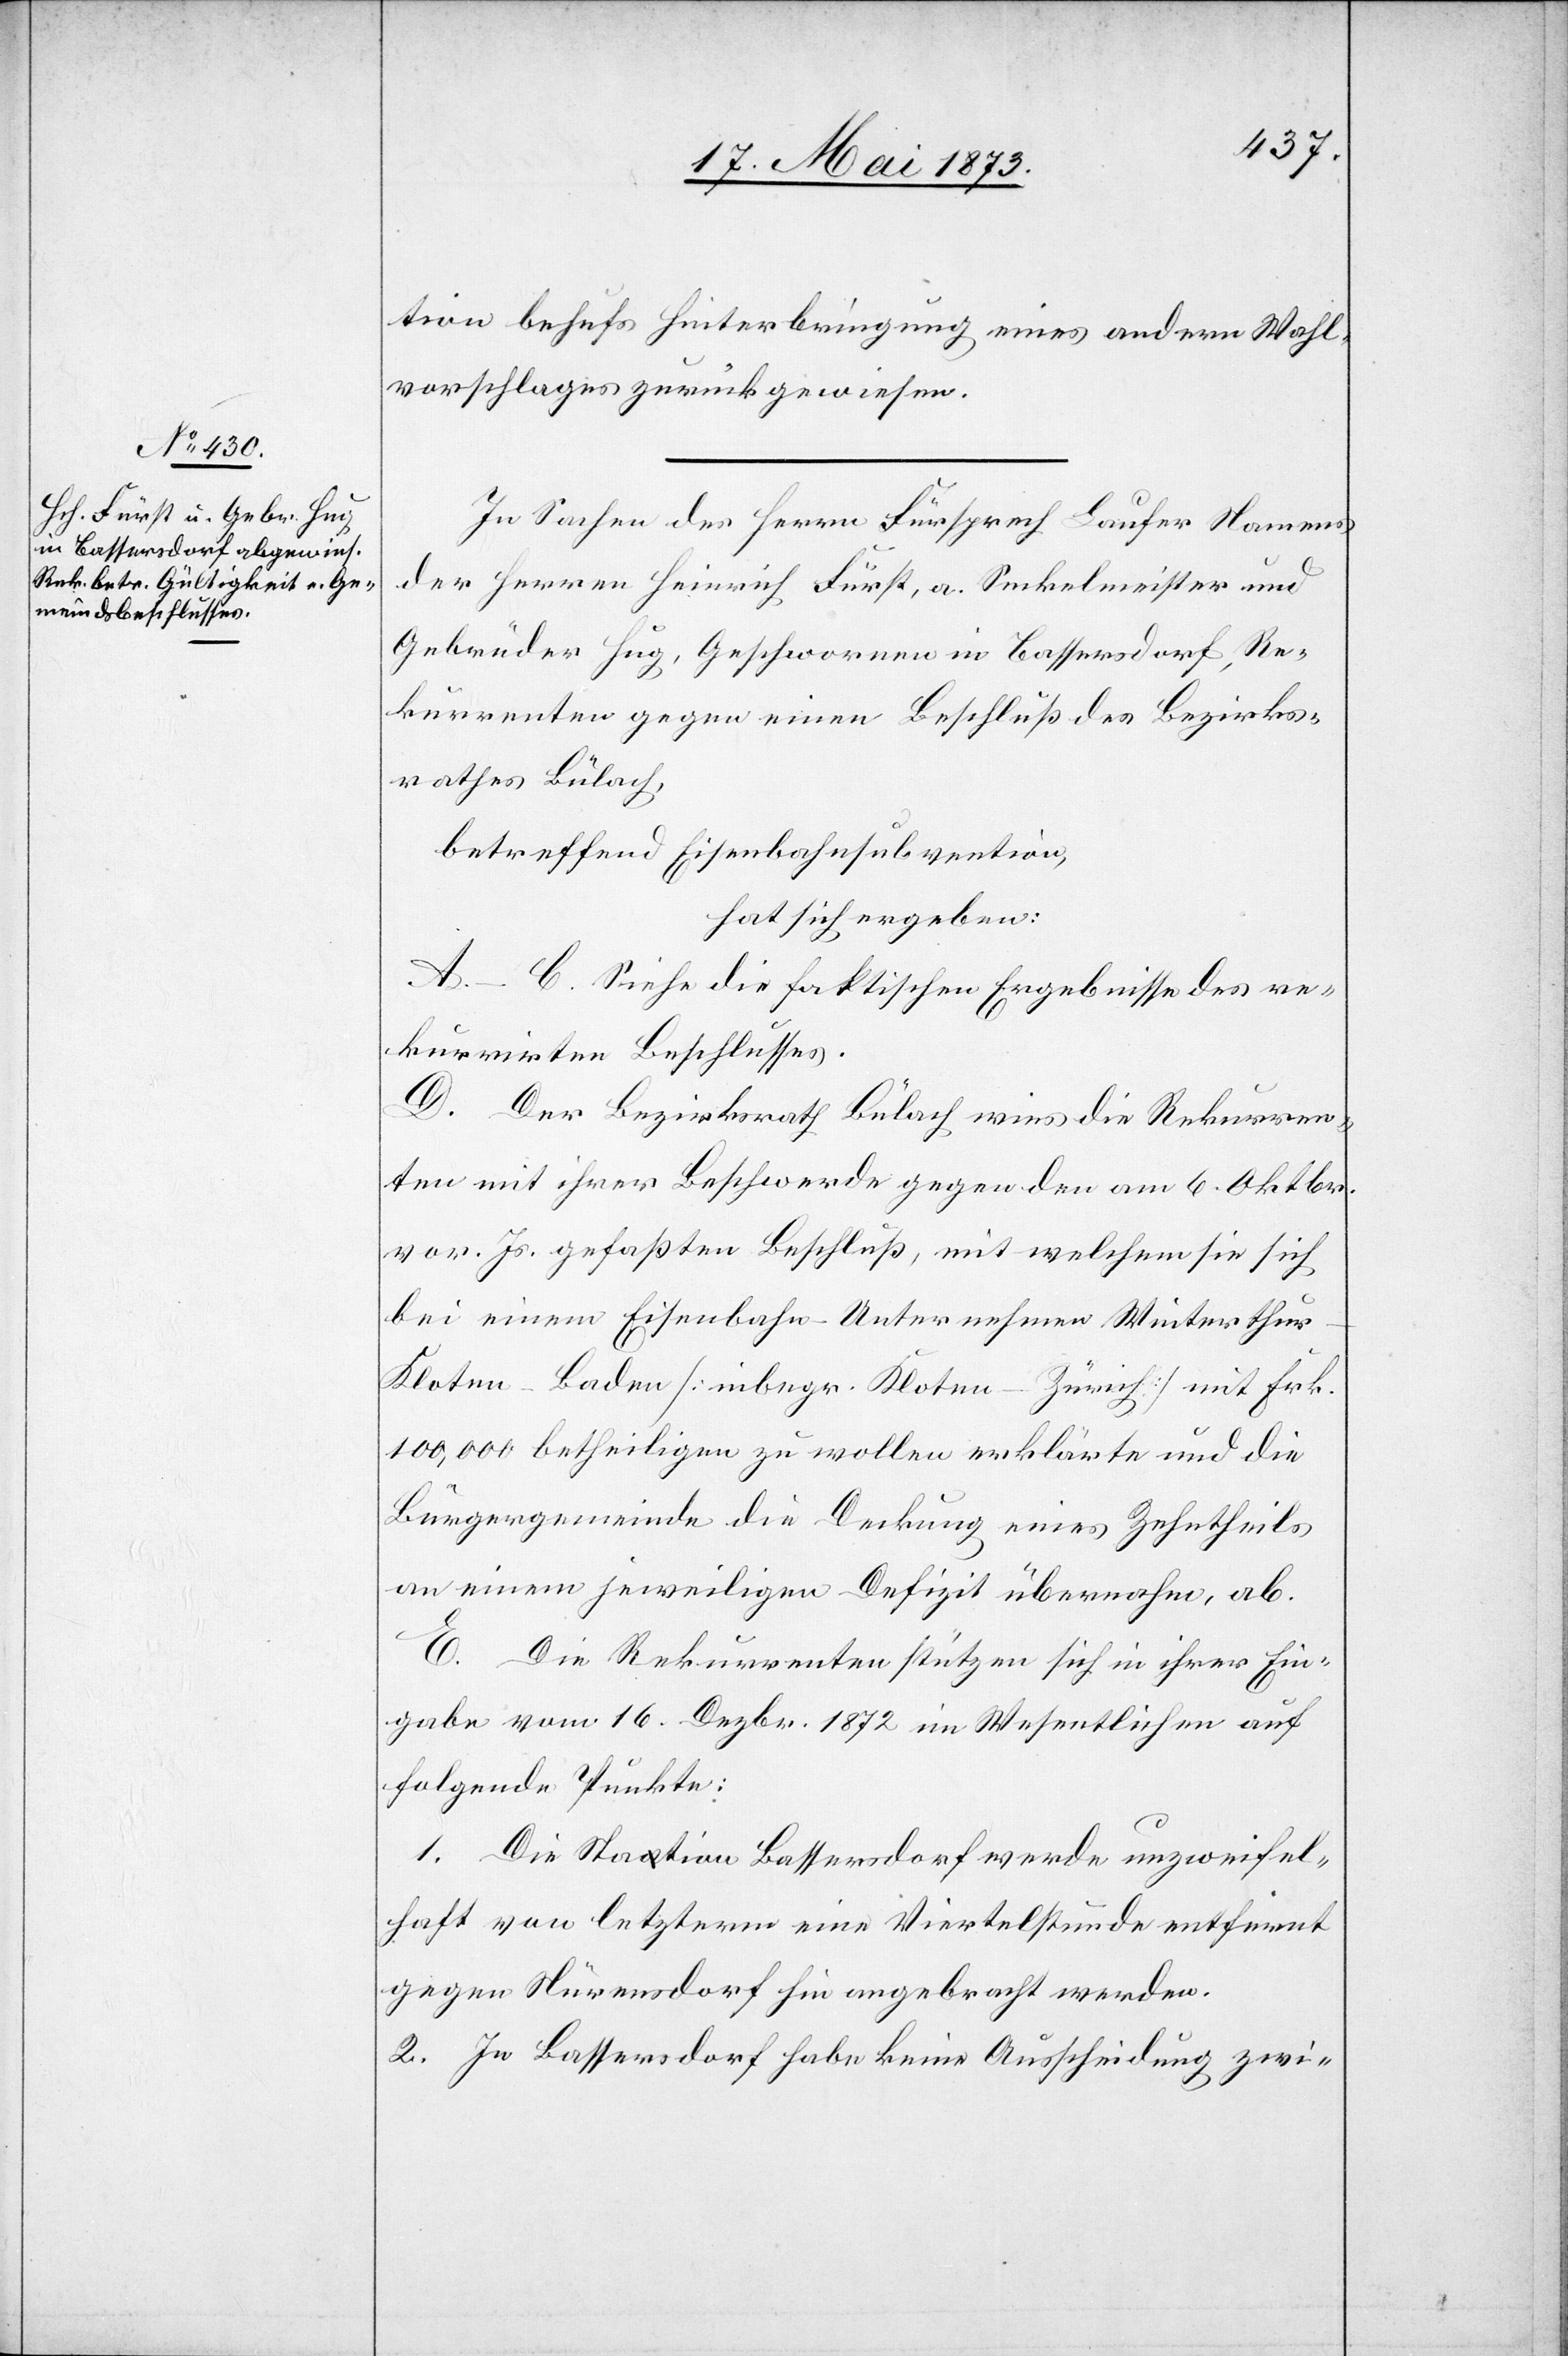
tion behufs Hinterbringung eines andern Wahl¬
vorschlages zurückgewiesen.
In Sachen des Herrn Fürsprech Laufer Namens
der Herren Heinrich Fürst, a. Seckelmeister und
Gebrüder Hug, Geschwornen in Bassersdorf, Re¬
kurrenten gegen einen Beschluß des Bezirks¬
rathes Bülach,
betreffend Eisenbahnsubvention,
hat sich ergeben:
A.–C. Siehe die faktischen Ergebnisse des re¬
kurrirten Beschlusses.
D. Der Bezirksrath Bülach wies die Rekurren¬
ten mit ihrer Beschwerde gegen den am 6. Oktbr.
vor. Js. gefaßten Beschluß, mit welchem sie sich
bei einem Eisenbahn-Unternehmen Winterthu¬
r–Kloten–Baden [inbegr. Kloten–Zürich] mit Frk.
100,000 betheiligen zu wollen erklärte und die
Bürgergemeinde die Deckung eines Zehntheils
an einem jeweiligen Defizit übernahm, ab.
E. Die Rekurrenten stützen sich in ihrer Ein¬
gabe vom 16. Dezbr. 1872 im Wesentlichen auf
folgende Punkte:
1. Die Station Bassersdorf werde unzweifel¬
haft von letzterem eine Viertelstunde entfernt
gegen Nürensdorf hin angebracht werden.
2. In Bassersdorf habe keine Ausscheidung zwi-